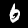
Digit: 6